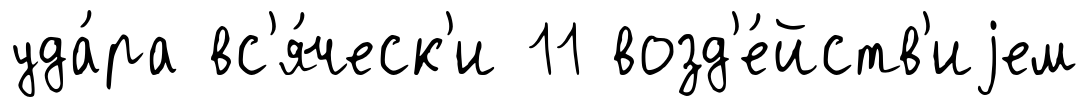
уда́ра вс'я́ческ'и 11 возд'е́йств'иjем